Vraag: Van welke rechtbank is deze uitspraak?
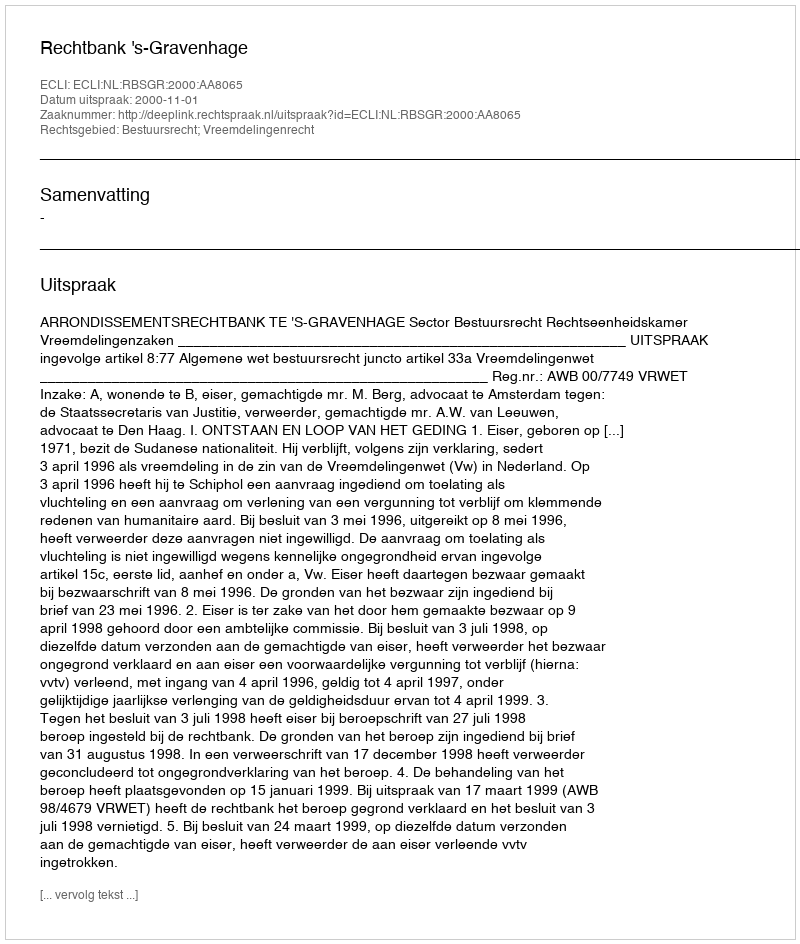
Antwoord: Rechtbank 's-Gravenhage